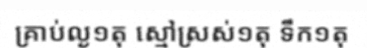
គ្រាប់ល្ង១តុ ស្មៅស្រស់១តុ ទឹក១តុ